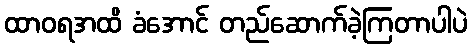
ထာဝရအထိ ခံအောင် တည်ဆောက်ခဲ့ကြတာပါပဲ